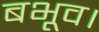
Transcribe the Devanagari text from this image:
बभूव।